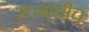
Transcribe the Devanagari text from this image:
रत्नांचीच